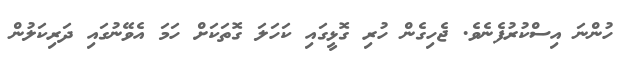
ހުންނަ އިސްކުރުފެނެވެ. ޖެހިގެން ހުރި ގޮޅީގައި ކަހަލަ ގޮތަކަށް ހަމަ އެވޭނުގައި ދަރިކަލުން